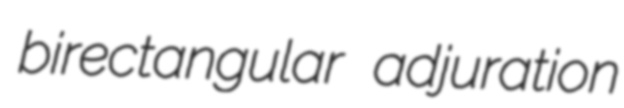
birectangular adjuration